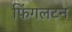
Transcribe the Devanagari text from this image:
फिंगलटन